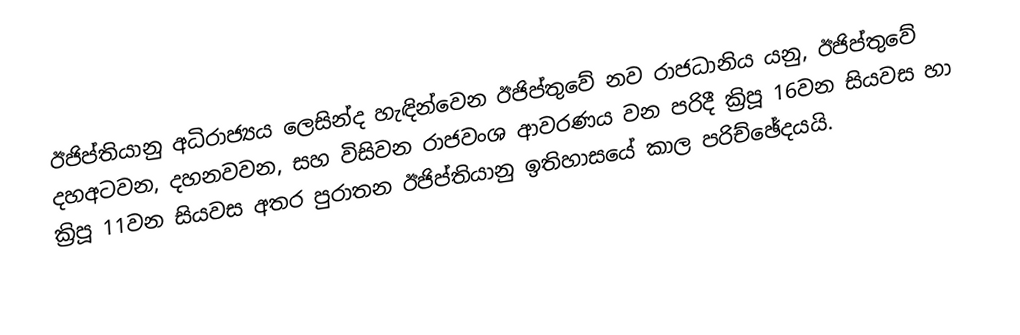
ඊජිප්තියානු අධිරාජ්‍යය ලෙසින්ද හැඳින්වෙන ඊජිප්තුවේ නව රාජධානිය යනු, ඊජිප්තුවේ දහඅටවන, දහනවවන, සහ විසිවන රාජවංශ  ආවරණය වන පරිදී ක්‍රිපූ 16වන සියවස හා ක්‍රිපූ 11වන සියවස අතර පුරාතන ඊජිප්තියානු ඉතිහාසයේ කාල පරිච්ඡේදයයි.